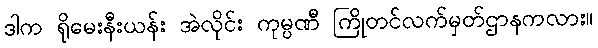
ဒါက ရိုမေးနီးယန်း အဲလိုင်း ကုမ္ပဏီ ကြိုတင်လက်မှတ်ဌာနကလား။